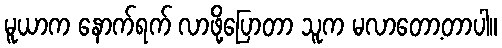
မူယာက နောက်ရက် လာဖို့ပြောတာ သူက မလာတော့တာပါ။